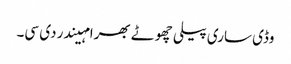
وڈی ساری پیلی چھوٹے بھرا مہیندر دی سی۔